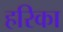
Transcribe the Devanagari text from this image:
हरिका